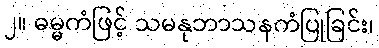
၂။ ဓမ္မကံဖြင့် သမနုဘာသနကံပြုခြင်း၊